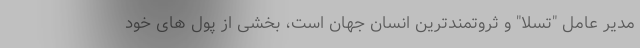
مدیر عامل "تسلا" و ثروتمندترین انسان جهان است، بخشی از پول های خود